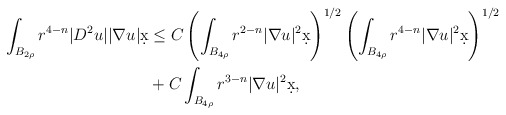
\begin{align*}\int_{B_{2\rho}} r^{4-n} |D^2 u| |\nabla u| \d x &\leq C \left(\int_{B_{4\rho}} r^{2-n} |\nabla u|^2 \d x\right)^{1/2}\left( \int_{B_{4\rho}} r^{4-n} |\nabla u|^2 \d x\right)^{1/2} \\& + C \int_{B_{4\rho}} r^{3-n} |\nabla u|^2 \d x,\end{align*}